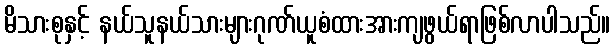
မိသားစုနှင့် နယ်သူနယ်သားများဂုဏ်ယူစံထားအားကျဖွယ်ရာဖြစ်လာပါသည်။